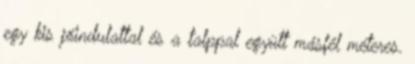
egy kis jóindulattal és a talppal együtt másfél méteres.